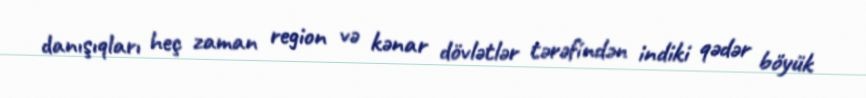
danışıqları heç zaman region və kənar dövlətlər tərəfindən indiki qədər böyük